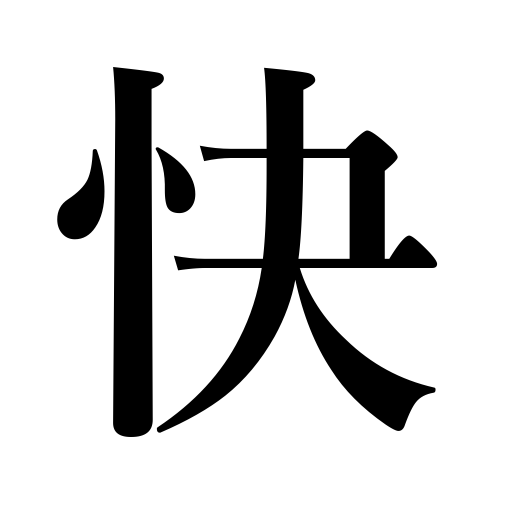
Meanings: pleasant,agreeable,refreshing,pleasure,delightful,comfortable,enjoyment,well from illness